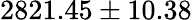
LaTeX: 2821.45\pm 10.38